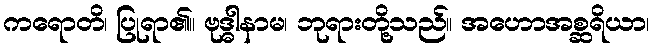
ကရောတိ၊ ပြုရာ၏။ ဗုဒ္ဓါနာမ၊ ဘုရားတို့သည်။ အဟောအစ္ဆရိယာ၊